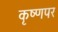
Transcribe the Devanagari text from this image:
कृष्णपर